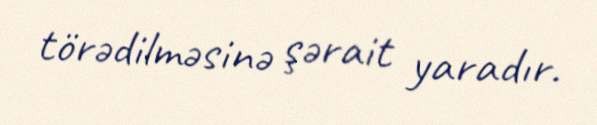
törədilməsinə şərait yaradır.